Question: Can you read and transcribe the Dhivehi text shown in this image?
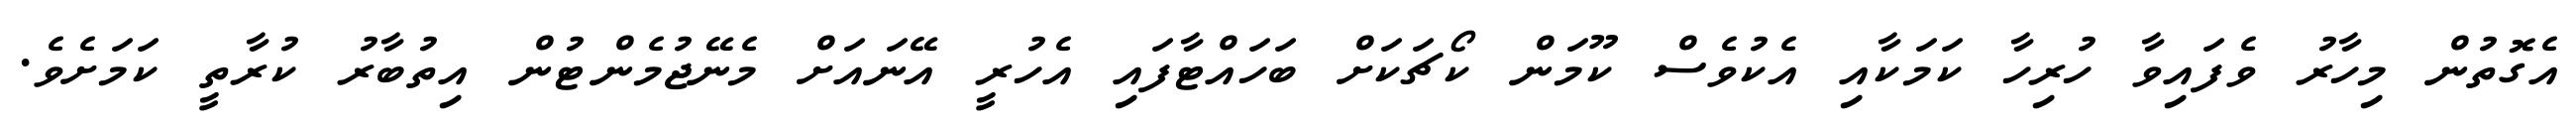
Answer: އެގޮތުން މިހާރު ވެފައިވާ ހުރިހާ ކަމަކާއި އެކުވެސް ކޫމަން ކޯޗަކަށް ބަހައްޓާފައި އެހުރީ އޭނައަށް މެނޭޖުމެންޓުން އިތުބާރު ކުރާތީ ކަމަށެވެ.